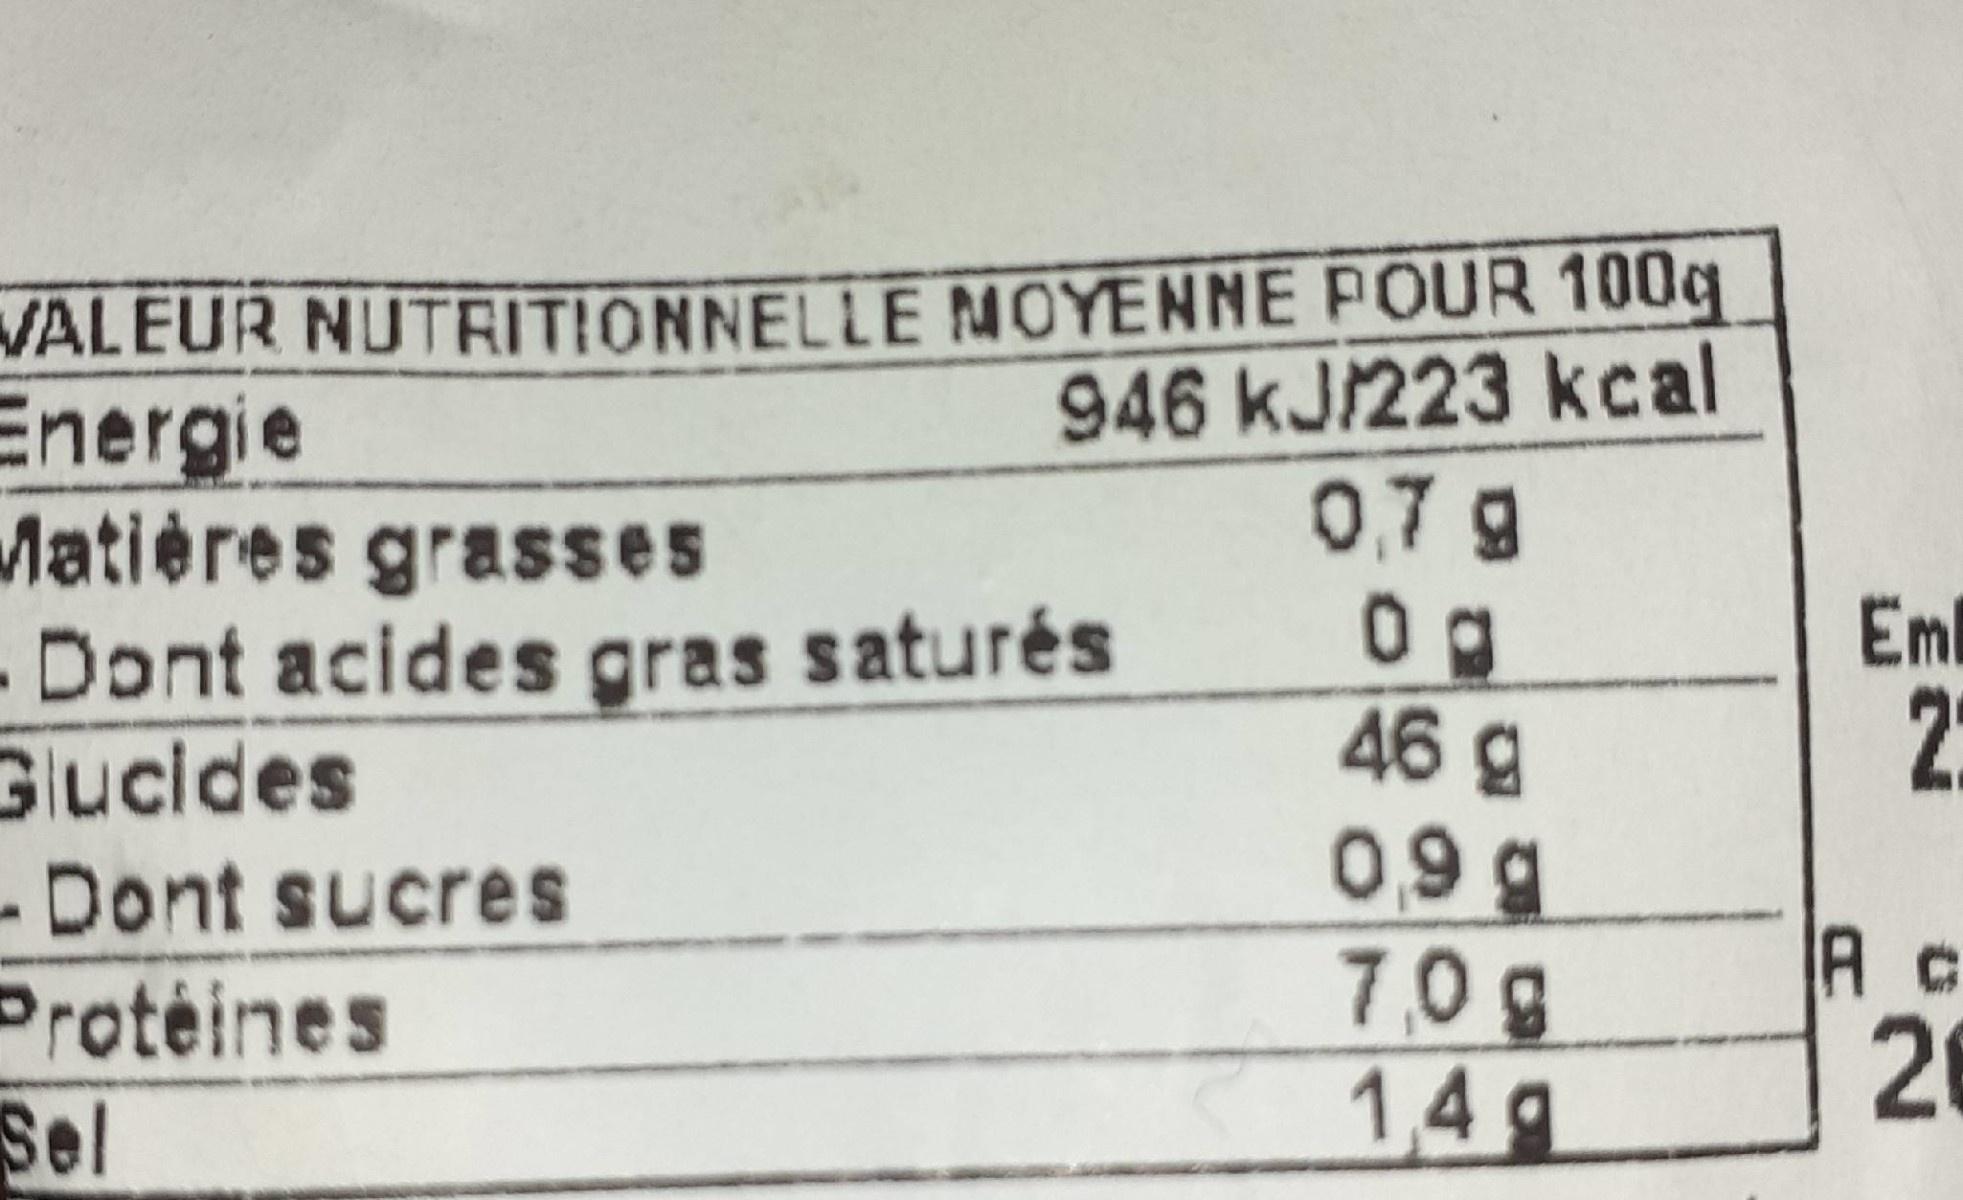
VALEUR NUTRITIONNELLE MOYENNE POUR 100q Energie Matières grasses -Dont acides gras saturés Glucides -Dont sucres 946 kJ/223 kcal 0,7g 0g 46 g Eml 2: Protéines Sel 0,9 g 7,0g 1,4g 26